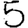
Digit: 5